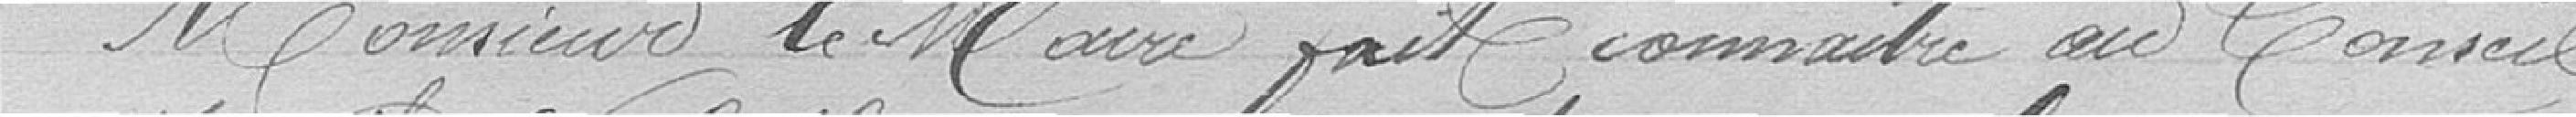
Monsieur Le Maire fait connaître au conseil